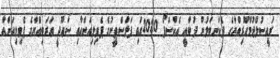
ރައީސުލްޖުމްހޫރިއްޔާގެ ދެކަނބަލުން ދުބާއީ އެކްސްޕޯ 2020ގައި ފަލަސްޠީނުގެ ޕެވިލިއަންއާއި ސަޢޫދީ ޢަރަބިއްޔާގެ ޕެވިލިއަންއާ